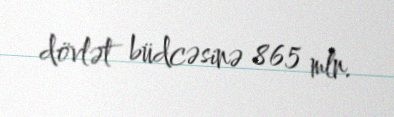
dövlət büdcəsinə 865 mln.